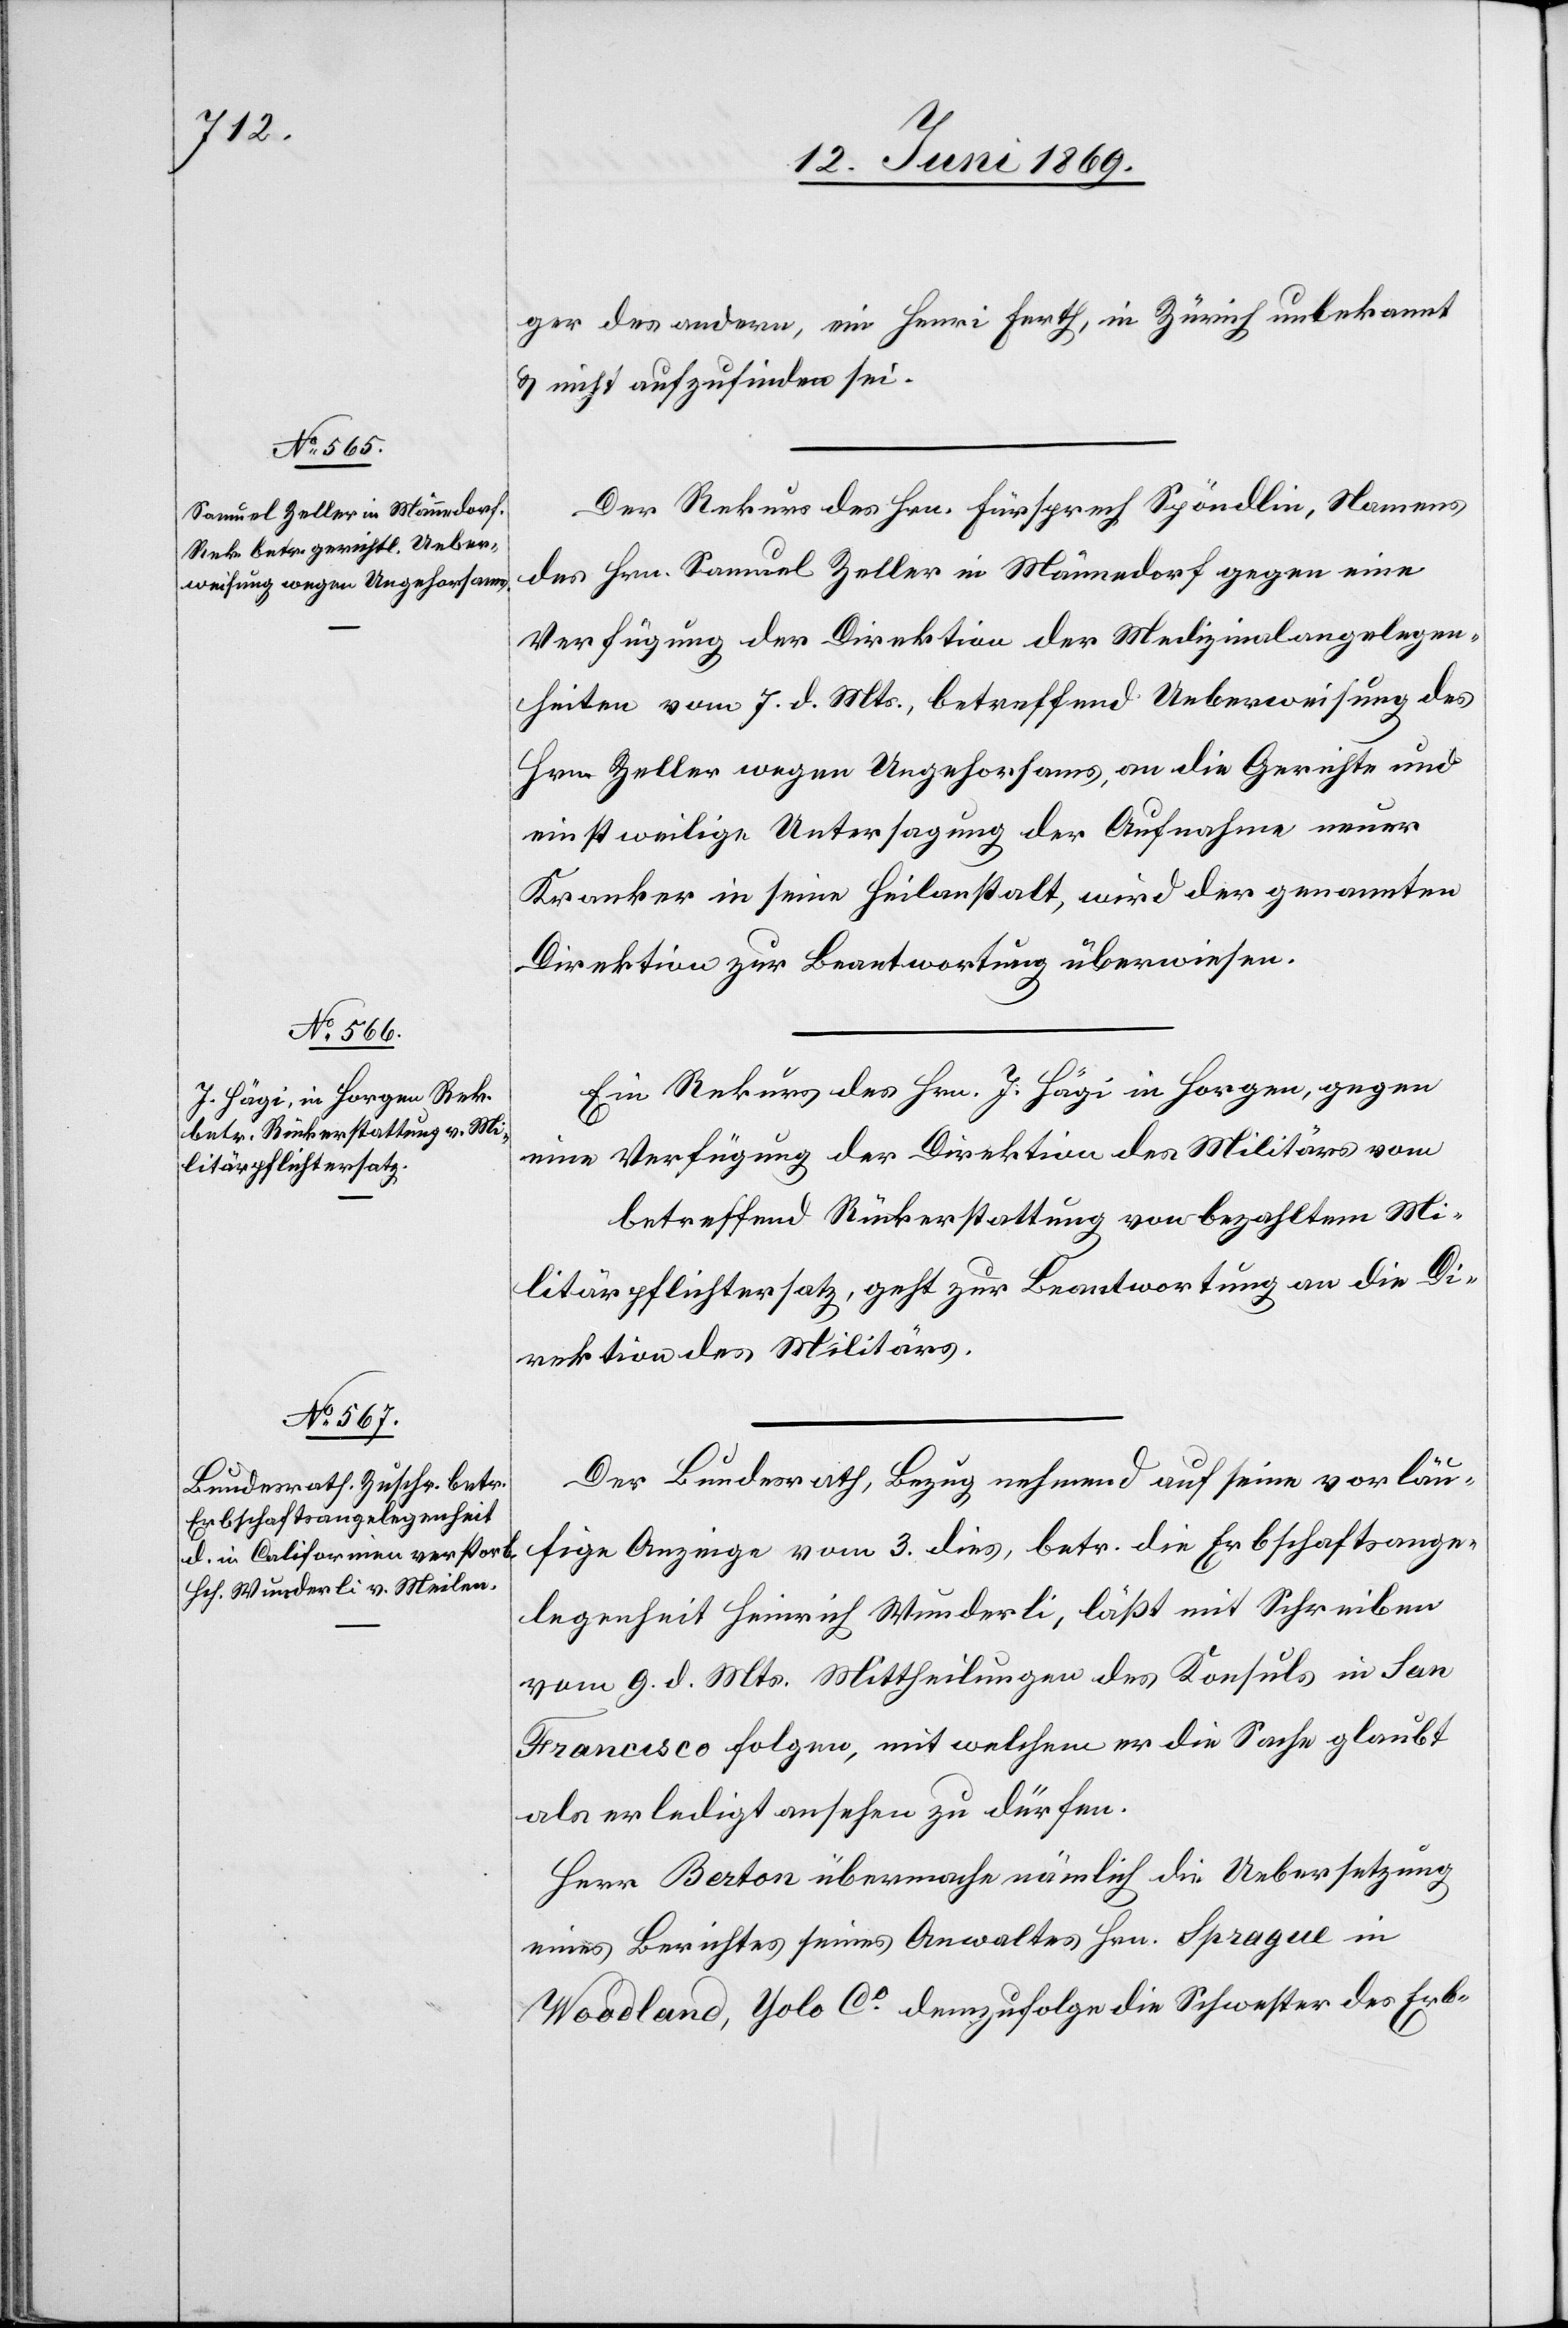
13. Juni 1869.]
ger des andern, ein Henri Ferth, in Zürich unbekannt
u. nicht aufzufinden sei.
Der Rekurs des Hrn. Fürsprech Spöndlin, Namens
des Hrn. Samuel Zeller in Männedorf gegen eine
Verfügung der Direktion der Medizinalangelegen¬
heiten vom 7. d. Mts. betreffend Ueberweisung des
Hrn. Zeller wegen Ungehorsams, an die Gerichte und
einstweilige Untersagung der Aufnahme neuer
Kranker in seine Heilanstalt, wird der genannten
Direktion zur Beantwortung überwiesen.
Ein Rekurs des Hrn. J. Hägi in Horgen, gegen
eine Verfügung der Direktion des Militärs vom
betreffend Rückerstattung von bezahltem Mi¬
litärpflichtersatz, geht zur Beantwortung an die Di¬
rektion des Militärs.
Der Bundesrath, Bezug nehmend auf seine vorläu¬
fige Anzeige vom 3. dies, betr. die Erbschaftsange¬
legenheit Heinrich Wunderli, läßt mit Schreiben
vom 9. d. Mts. Mittheilungen des Konsuls in San
Francisco folgen, mit welchen er die Sache glaubt
als erledigt ansehen zu dürfen.
Herr Berton übermache nämlich die Uebersetzung
eines Berichtes seines Anwaltes, Hrn. Sprague in
Woodland, Yolo Co. demzufolge die Schwester des Erb-